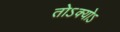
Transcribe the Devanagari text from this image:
तोऽक्योऽ